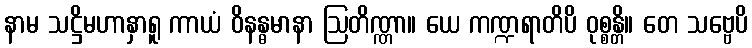
နာမ သဋ္ဌိမဟာနှာရူ ကာယံ ဝိနန္ဓမာနာ ဩတိဏ္ဏာ။ ယေ ကဏ္ဍရာတိပိ ဝုစ္စန္တိ။ တေ သဗ္ဗေပိ